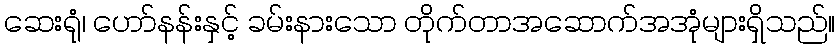
ဆေးရုံ၊ ဟော်နန်းနှင့် ခမ်းနားသော တိုက်တာအဆောက်အအုံများရှိသည်။